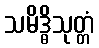
သမိဒ္ဓိသုတ္တံ